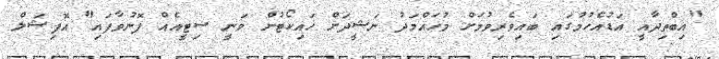
"އިބްތިދާއީ އަޑުއެހުމުގައި ބައިވެރިވުމަށް މުހައްމަދު ނަޝީދަށް ހައިކޯޓުން ވަނީ ސިޓީއެއް ފޮނުވާފައި" އޮފިޝަލް